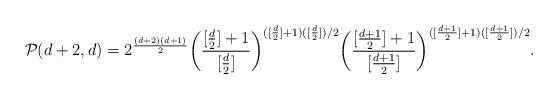
LaTeX: \begin{align*}\mathcal{P}(d+2,d)= \displaystyle{2^{\frac{(d+2)(d+1)}{2}}}\displaystyle{\bigg(\frac{[\frac{d}{2} ]+1}{[\frac{d}{2} ]}\bigg)^{([\frac{d}{2} ]+1)([\frac{d}{2}])/2}}\displaystyle{\bigg(\frac{[\frac{d+1}{2} ]+1}{[\frac{d+1}{2} ]}\bigg)^{([\frac{d+1}{2} ]+1)([\frac{d+1}{2}])/2}}.\end{align*}